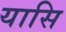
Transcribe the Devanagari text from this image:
यासि